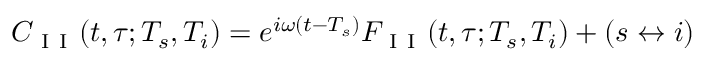
C _ { \mathrm { ~ I ~ I ~ } } ( t , \tau ; T _ { s } , T _ { i } ) = e ^ { i \omega ( t - T _ { s } ) } { \cal F } _ { \mathrm { ~ I ~ I ~ } } ( t , \tau ; T _ { s } , T _ { i } ) + ( s \leftrightarrow i )